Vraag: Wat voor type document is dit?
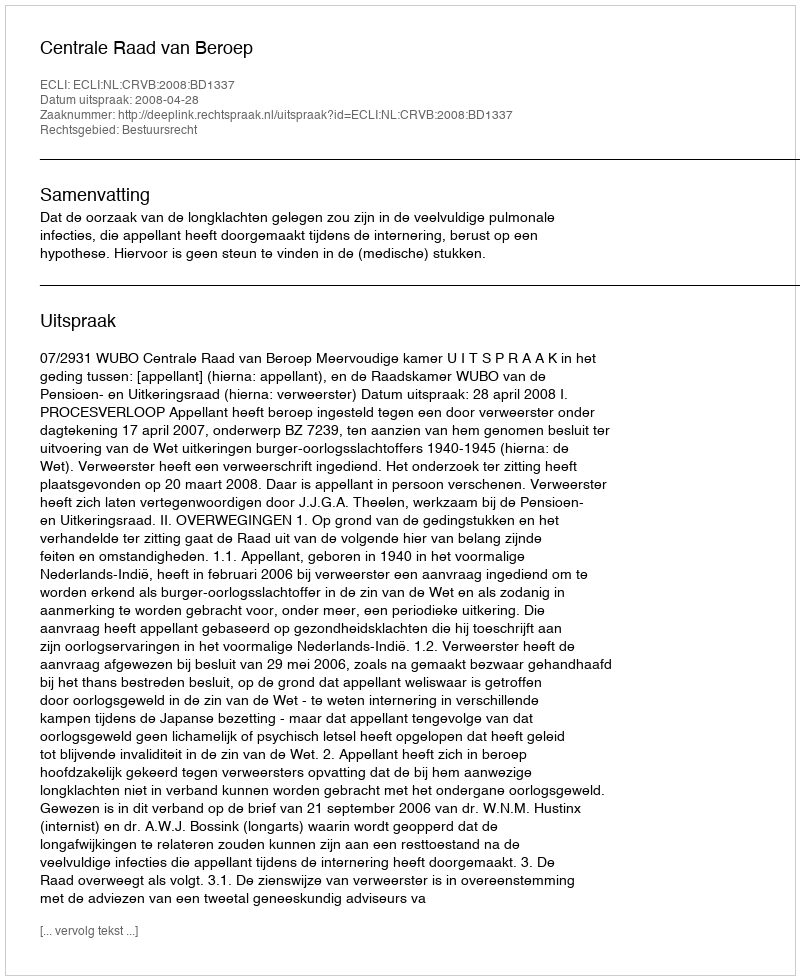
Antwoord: Uitspraak